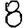
Digit: 8